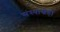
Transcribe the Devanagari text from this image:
संस्थास्नेही